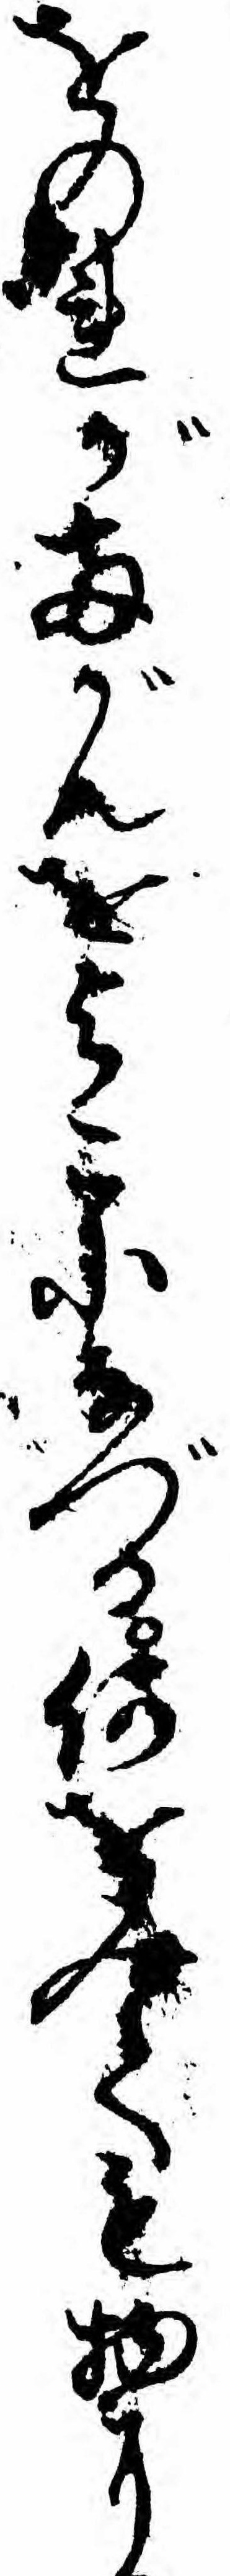
をのれが両がんをよこになづる何をみても物に